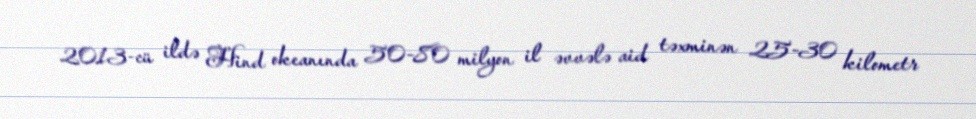
2013-cü ildə Hind okeanında 50-80 milyon il əvvələ aid təxminən 25-30 kilometr